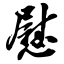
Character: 慰